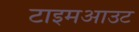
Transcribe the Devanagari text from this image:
टाइमआउट